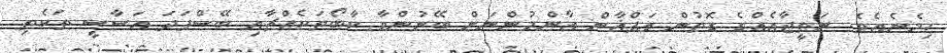
ހިމެނެއެވެ. ނަތީޖާއެއްގެ ގޮތުން އަފްޣާން އާންމުންނަށް ބޭނުންވާ ކާބޯތަކެއްޗާއި ބޭސްފަދަ އަސާސީ ތަކެތި